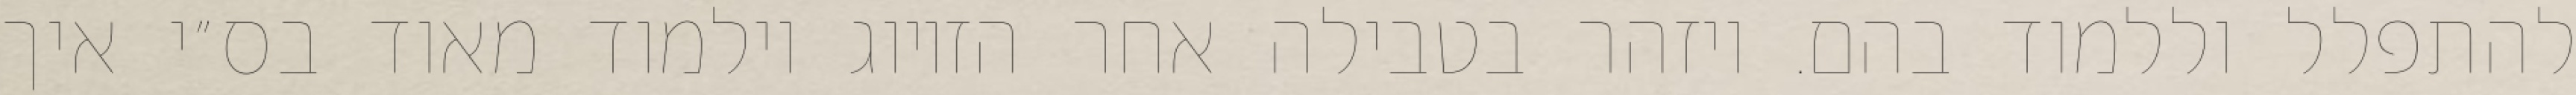
להתפלל וללמוד בהם. ויזהר בטבילה אחר הזיווג וילמוד מאוד בס״י איך